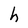
Character: h